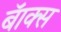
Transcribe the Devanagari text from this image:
बॅाक्स